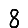
Digit: 8